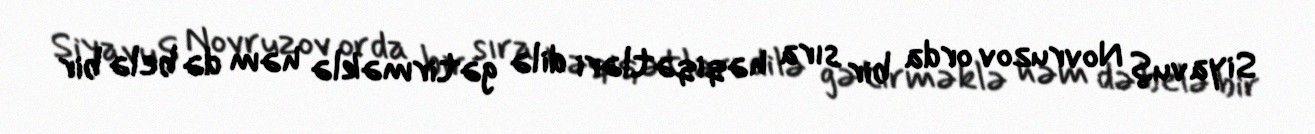
Siyavuş Novruzov orda bir sıra həqiqətləri dilə gətirməklə həm də belə bir